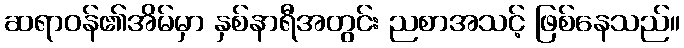
ဆရာဝန်၏အိမ်မှာ နှစ်နာရီအတွင်း ညစာအသင့် ဖြစ်နေသည်။